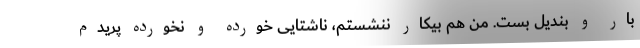
بار و بندیل بست. من هم بیکار ننشستم، ناشتایی خورده و نخورده پریدم